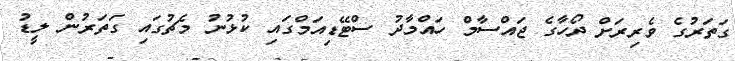
ގަތަރުގެ ވެރިރަށް ދޯހާގެ ޖައްސާމް ހައްމާދު ސްޓޭޑިއަމްގައި ކުޅުނު މެޗުގައި ގަތަރުން ލީޑު